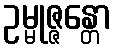
ဥမ္မုဇ္ဇန္တော